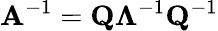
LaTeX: \mathbf{A}^{-1}=\mathbf{Q}\mathbf{\Lambda}^{-1}\mathbf{Q}^{-1}